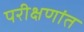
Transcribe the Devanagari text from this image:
परीक्षणांत